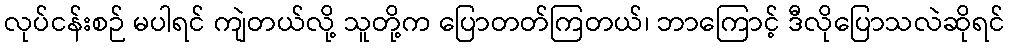
လုပ်ငန်းစဉ် မပါရင် ကျဲတယ်လို့ သူတို့က ပြောတတ်ကြတယ်၊ ဘာကြောင့် ဒီလိုပြောသလဲဆိုရင်